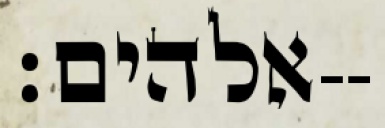
אלהים׃--